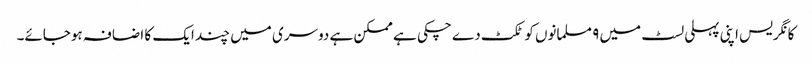
کانگریس اپنی پہلی لسٹ میں ۹ مسلمانوں کو ٹکٹ دے چکی ہے ممکن ہے دوسری میں چند ایک کا اضافہ ہوجائے۔